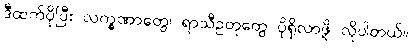
ဒီထက်ပိုပြီး လက္ခဏာတွေ၊ ရာသီဥတုတွေ ပိုရှိလာဖို့ လိုပါတယ်။